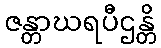
ဇန္တာဃရပီဌန္တိ